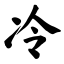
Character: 冷